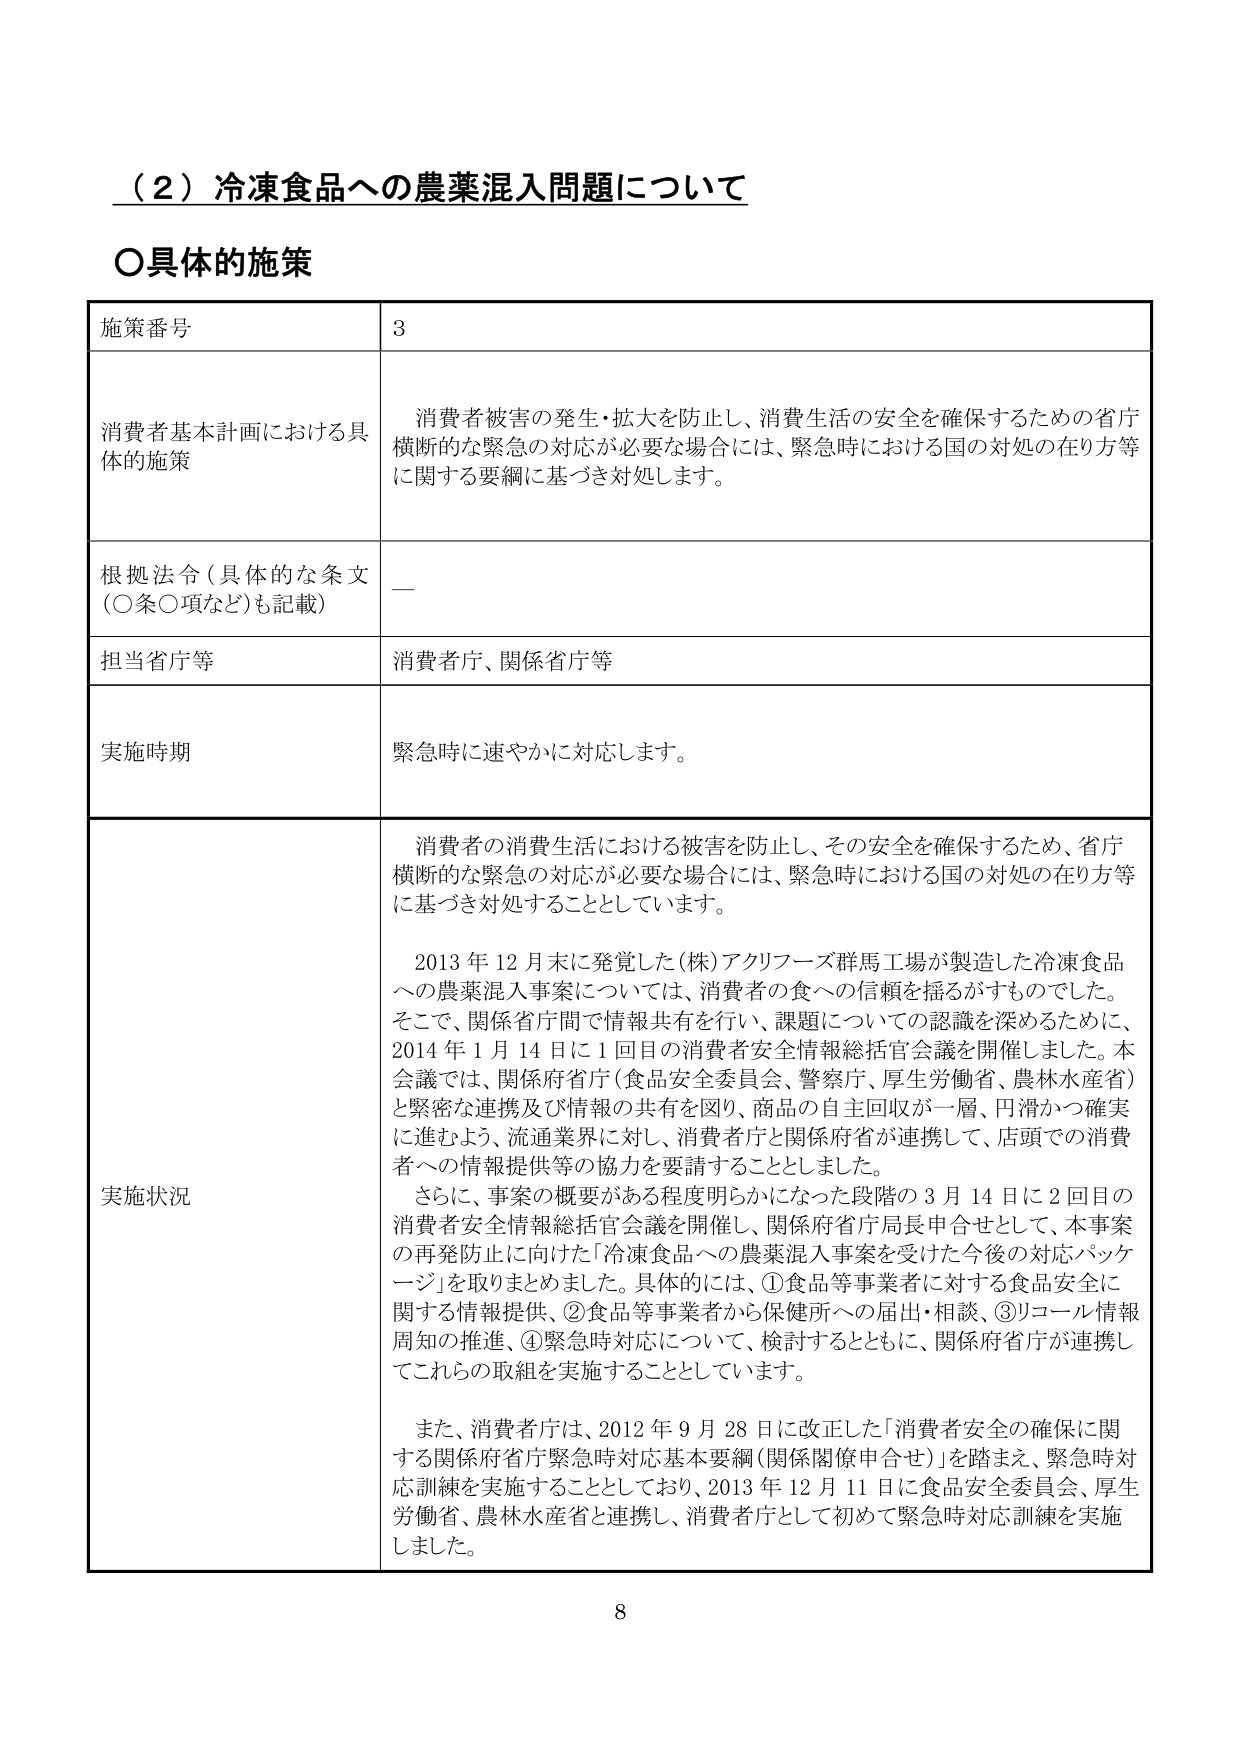
（２）冷凍食品への農薬混入問題について

○具体的施策

施策番号　3

消費者基本計画における具体的施策　消費者被害の発生・拡大を防止し、消費生活の安全を確保するための省庁横断的な緊急の対応が必要な場合には、緊急時における国の対処の在り方等に関する要綱に基づき対処します。

根拠法令（具体的な条文（○条○項など）も記載）　—

担当省庁等　消費者庁、関係省庁等

実施時期　緊急時に速やかに対応します。

実施状況　消費者の消費生活における被害を防止し、その安全を確保するため、省庁横断的な緊急の対応が必要な場合には、緊急時における国の対処の在り方等に基づき対処することとしています。

　　2013年12月末に発覚した（株）アクリフーズ群馬工場が製造した冷凍食品への農薬混入事案については、消費者の食への信頼を揺るがすものでした。そこで、関係府省庁間で情報共有を行い、課題についての認識を深めるために、2014年1月14日に1回目の消費者安全情報総括官会議を開催しました。本会議では、関係府省庁（食品安全委員会、警察庁、厚生労働省、農林水産省）と緊密な連携及び情報の共有を図り、商品の自主回収が一層、円滑かつ確実に進むよう、流通業界に対し、消費者庁と関係府省が連携して、店頭での消費者への情報提供等の協力を要請することとしました。

　　さらに、事案の概要がある程度明らかになった段階の3月14日に2回目の消費者安全情報総括官会議を開催し、関係府省庁局長申合せとして、本事案の再発防止に向けた「冷凍食品への農薬混入事案を受けた今後の対応パッケージ」を取りまとめました。具体的には、①食品等事業者に対する食品安全に関する情報提供、②食品等事業者から保健所への届出・相談、③リコール情報周知の推進、④緊急時対応について、検討するとともに、関係府省庁が連携してこれらの取組を実施することとしています。

　　また、消費者庁は、2012年9月28日に改正した「消費者安全の確保に関する関係府省庁緊急時対応基本要綱（関係閣僚申合せ）」を踏まえ、緊急時対応訓練を実施することとしており、2013年12月11日に食品安全委員会、厚生労働省、農林水産省と連携し、消費者庁として初めて緊急時対応訓練を実施しました。

8